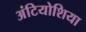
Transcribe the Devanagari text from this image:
अंटियोशिया